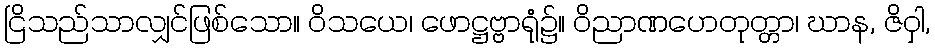
ငြိသည်သာလျှင်ဖြစ်သော။ ဝိသယေ၊ ဖောဋ္ဌဗ္ဗာရုံ၌။ ဝိညာဏဟေတုတ္တာ၊ ဃာန, ဇိဝှါ,